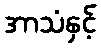
အာသံနှင့်